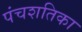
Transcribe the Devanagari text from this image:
पंचशतिका